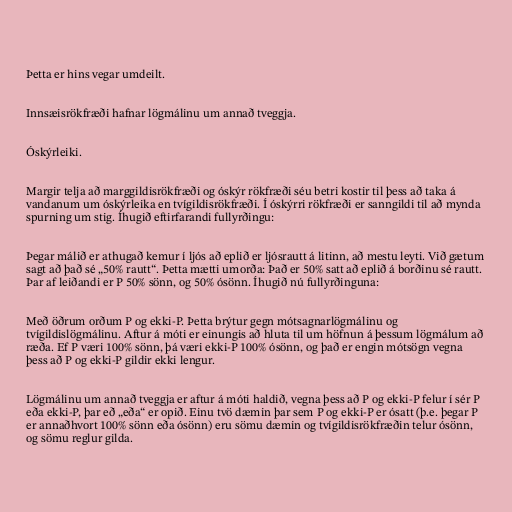
Þetta er hins vegar umdeilt.

Innsæisrökfræði hafnar lögmálinu um annað tveggja.

Óskýrleiki.

Margir telja að marggildisrökfræði og óskýr rökfræði séu betri kostir til þess að taka á
vandanum um óskýrleika en tvígildisrökfræði. Í óskýrri rökfræði er sanngildi til að mynda
spurning um stig. Íhugið eftirfarandi fullyrðingu:

Þegar málið er athugað kemur í ljós að eplið er ljósrautt á litinn, að mestu leyti. Við gætum
sagt að það sé „50% rautt“. Þetta mætti umorða: Það er 50% satt að eplið á borðinu sé rautt.
Þar af leiðandi er P 50% sönn, og 50% ósönn. Íhugið nú fullyrðinguna:

Með öðrum orðum P og ekki-P. Þetta brýtur gegn mótsagnarlögmálinu og
tvígildislögmálinu. Aftur á móti er einungis að hluta til um höfnun á þessum lögmálum að
ræða. Ef P væri 100% sönn, þá væri ekki-P 100% ósönn, og það er engin mótsögn vegna
þess að P og ekki-P gildir ekki lengur.

Lögmálinu um annað tveggja er aftur á móti haldið, vegna þess að P og ekki-P felur í sér P
eða ekki-P, þar eð „eða“ er opið. Einu tvö dæmin þar sem P og ekki-P er ósatt (þ.e. þegar P
er annaðhvort 100% sönn eða ósönn) eru sömu dæmin og tvígildisrökfræðin telur ósönn,
og sömu reglur gilda.